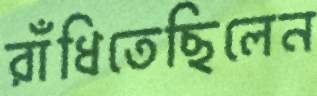
রাঁধিতেছিলেন